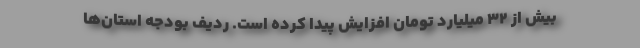
بیش از ۳۲ میلیارد تومان افزایش پیدا کرده است. ردیف بودجه استان‌ها